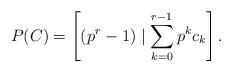
LaTeX: \begin{align*}P(C) = \left[ (p^r-1)\mid\sum_{k=0}^{r-1}p^kc_k \right]. \end{align*}